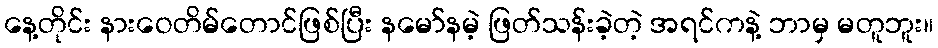
နေ့တိုင်း နားဝေတိမ်တောင်ဖြစ်ပြီး နမော်နမဲ့ ဖြတ်သန်းခဲ့တဲ့ အရင်ကနဲ့ ဘာမှ မတူဘူး။